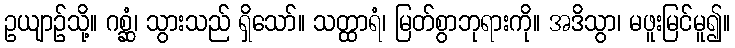
ဥယျာဉ်သို့။ ဂစ္ဆံ၊ သွားသည် ရှိသော်။ သတ္ထာရံ၊ မြတ်စွာဘုရားကို။ အဒိသွာ၊ မဖူးမြင်မူ၍။